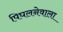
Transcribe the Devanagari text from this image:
पिघलनेवाला